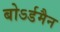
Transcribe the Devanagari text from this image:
बोऽर्डमैन